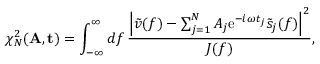
\chi _ { N } ^ { 2 } ( \mathbf { A } , \mathbf { t } ) = \int _ { - \infty } ^ { \infty } \mathop { d f } \frac { \left| \tilde { v } ( f ) - \sum _ { j = 1 } ^ { N } A _ { j } \mathrm { e } ^ { - i \omega t _ { j } } \tilde { s } _ { j } ( f ) \right| ^ { 2 } } { J ( f ) } ,